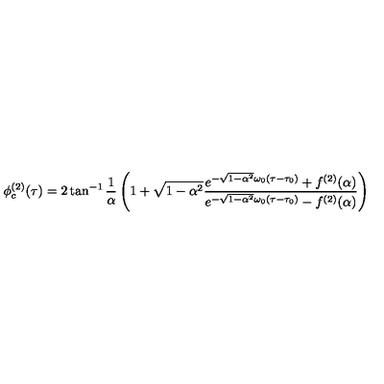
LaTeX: \phi _ { c } ^ { ( 2 ) } ( \tau ) = 2 \tan ^ { - 1 } \frac { 1 } { \alpha } \left( 1 + \sqrt { 1 - \alpha ^ { 2 } } { \frac { e ^ { - \sqrt { 1 - \alpha ^ { 2 } } \omega _ { 0 } ( \tau - \tau _ { 0 } ) } + f ^ { ( 2 ) } ( \alpha ) } { e ^ { - \sqrt { 1 - \alpha ^ { 2 } } \omega _ { 0 } ( \tau - \tau _ { 0 } ) } - f ^ { ( 2 ) } ( \alpha ) } } \right)